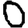
Digit: 0